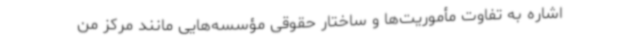
اشاره به تفاوت مأموریت‌ها و ساختار حقوقی مؤسسه‌هایی مانند مرکز من